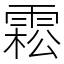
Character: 𩃭